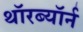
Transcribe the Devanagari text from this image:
थॉरब्यॉर्न